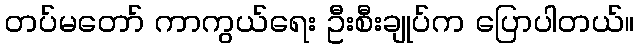
တပ်မတော် ကာကွယ်ရေး ဦးစီးချုပ်က ပြောပါတယ်။